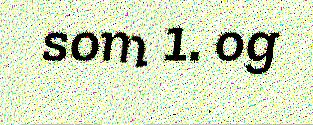
som 1. og